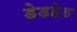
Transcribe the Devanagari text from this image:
डेडहेड